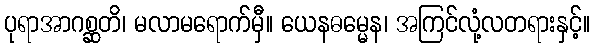
ပုရာအာဂစ္ဆတိ၊ မလာမရောက်မှီ။ ယေနဓမ္မေန၊ အကြင်လုံ့လတရားနှင့်။